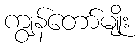
ကျွန်တော်မျိုး